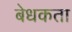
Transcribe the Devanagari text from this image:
बेधकता